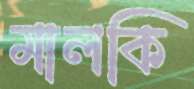
মালকি